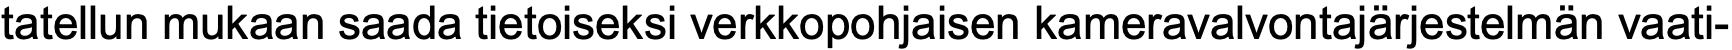
tatellun mukaan saada tietoiseksi verkkopohjaisen kameravalvontajärjestelmän vaati-